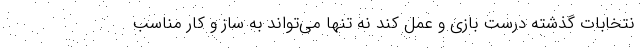
نتخابات گذشته درست بازی و عمل کند نه تنها می‌تواند به ساز و کار مناسب